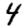
Digit: 4